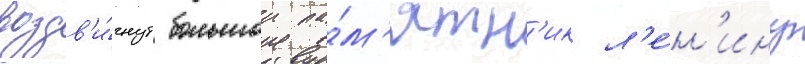
воздв'и́гнут большои па́м'ятн'ик л'е́н'ину